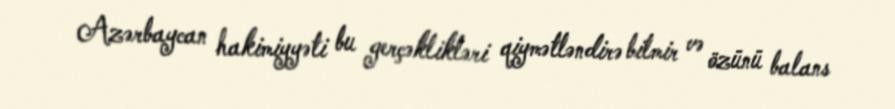
Azərbaycan hakimiyyəti bu gerçəklikləri qiymətləndirə bilmir və özünü balans